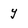
Character: y